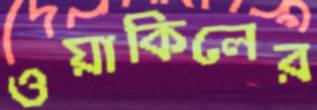
ওয়াকিলের